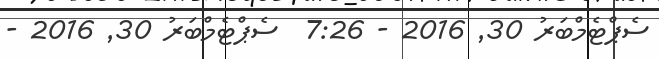
ސެޕްޓެމްބަރު 30